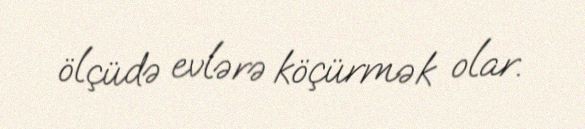
ölçüdə evlərə köçürmək olar.